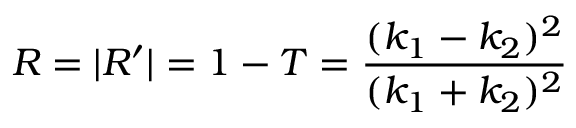
R = | R ^ { \prime } | = 1 - T = { \frac { ( k _ { 1 } - k _ { 2 } ) ^ { 2 } } { ( k _ { 1 } + k _ { 2 } ) ^ { 2 } } }